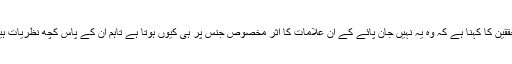
محققین کا کہنا ہے کہ وہ یہ نہیں جان پائے کے ان علامات کا اثر مخصوص جنس پر ہی کیوں ہوتا ہے تاہم ان کے پاس کچھ نظریات ہیں۔